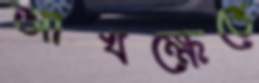
আখক্ষেতে